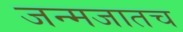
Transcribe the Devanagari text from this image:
जन्मजातच